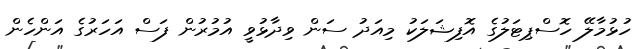
ހުޅުމާލޭ ހޮސްޕިޓަލުގެ އޮފިޝަލަކު މިއަދު ސަން ވިދާޅުވީ އުމުރުން ފަސް އަހަރުގެ އަންހެން